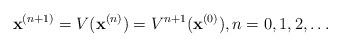
LaTeX: \begin{align*}\mathbf{x}^{(n+1)}=V(\mathbf{x}^{(n)})={V^{n+1}(\mathbf{x}^{(0)})}, n=0,1,2,\dots\end{align*}